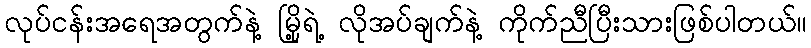
လုပ်ငန်းအရေအတွက်နဲ့ မြို့ရဲ့ လိုအပ်ချက်နဲ့ ကိုက်ညီပြီးသားဖြစ်ပါတယ်။